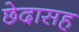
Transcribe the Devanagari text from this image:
छेदासह